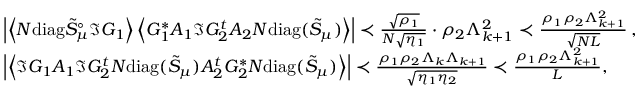
\begin{array} { r l } & { \left| \left\langle { N \mathrm { d i a g } \tilde { S } _ { \mu } ^ { \circ } \Im G _ { 1 } } \right\rangle \left\langle { G _ { 1 } ^ { * } A _ { 1 } \Im G _ { 2 } ^ { t } A _ { 2 } N \mathrm { d i a g } ( \tilde { S } _ { \mu } ) } \right\rangle \right| \prec \frac { \sqrt { \rho _ { 1 } } } { N \sqrt { \eta _ { 1 } } } \cdot \rho _ { 2 } \Lambda _ { k + 1 } ^ { 2 } \prec \frac { \rho _ { 1 } \rho _ { 2 } \Lambda _ { k + 1 } ^ { 2 } } { \sqrt { N L } } \, , } \\ & { \left| \left\langle { \Im G _ { 1 } A _ { 1 } \Im G _ { 2 } ^ { t } N \mathrm { d i a g } ( \tilde { S } _ { \mu } ) A _ { 2 } ^ { t } G _ { 2 } ^ { * } N \mathrm { d i a g } ( \tilde { S } _ { \mu } ) } \right\rangle \right| \prec \frac { \rho _ { 1 } \rho _ { 2 } \Lambda _ { k } \Lambda _ { k + 1 } } { \sqrt { \eta _ { 1 } \eta _ { 2 } } } \prec \frac { \rho _ { 1 } \rho _ { 2 } \Lambda _ { k + 1 } ^ { 2 } } { L } , } \end{array}